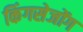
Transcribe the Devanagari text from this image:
किंगसेजोंग